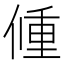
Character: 𨤨